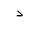
Letter: _dal